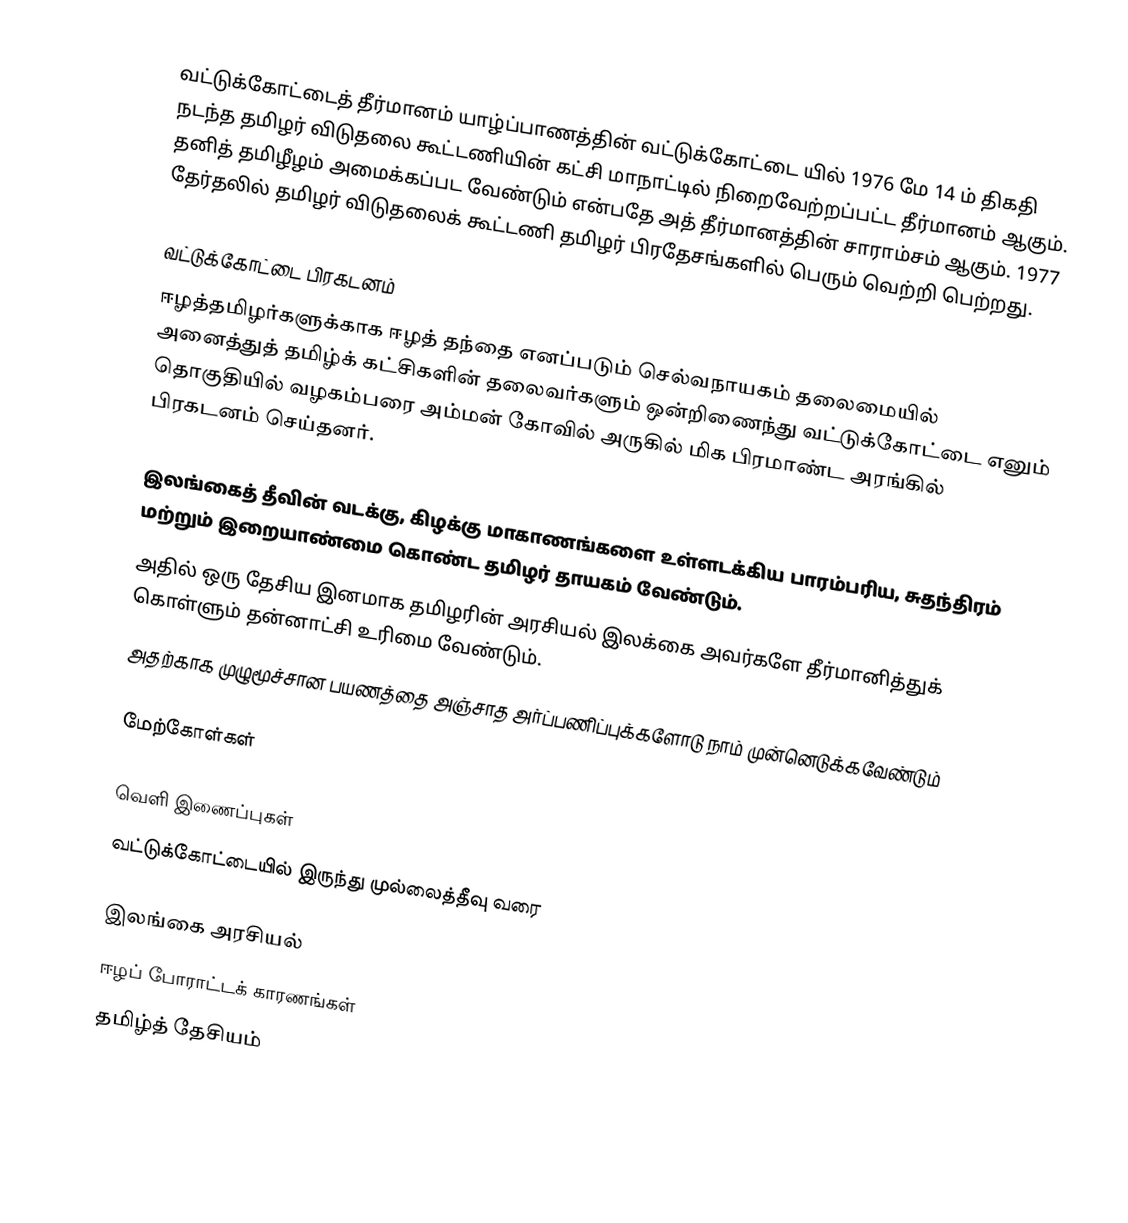
வட்டுக்கோட்டைத் தீர்மானம் யாழ்ப்பாணத்தின் வட்டுக்கோட்டை யில் 1976 மே 14 ம் திகதி நடந்த தமிழர் விடுதலை கூட்டணியின் கட்சி மாநாட்டில் நிறைவேற்றப்பட்ட தீர்மானம் ஆகும். தனித் தமிழீழம் அமைக்கப்பட வேண்டும் என்பதே அத் தீர்மானத்தின் சாராம்சம் ஆகும். 1977 தேர்தலில் தமிழர் விடுதலைக் கூட்டணி தமிழர் பிரதேசங்களில் பெரும் வெற்றி பெற்றது.

வட்டுக்கோட்டை பிரகடனம்
ஈழத்தமிழர்களுக்காக ஈழத் தந்தை எனப்படும் செல்வநாயகம் தலைமையில் அனைத்துத் தமிழ்க் கட்சிகளின் தலைவர்களும் ஒன்றிணைந்து வட்டுக்கோட்டை எனும் தொகுதியில் வழகம்பரை அம்மன் கோவில் அருகில் மிக பிரமாண்ட அரங்கில் பிரகடனம் செய்தனர்.

 இலங்கைத் தீவின் வடக்கு, கிழக்கு மாகாணங்களை உள்ளடக்கிய பாரம்பரிய, சுதந்திரம் மற்றும் இறையாண்மை கொண்ட தமிழர் தாயகம் வேண்டும்.
 அதில் ஒரு தேசிய இனமாக தமிழரின் அரசியல் இலக்கை அவர்களே தீர்மானித்துக் கொள்ளும் தன்னாட்சி உரிமை வேண்டும்.
 அதற்காக முழுமூச்சான பயணத்தை அஞ்சாத அர்ப்பணிப்புக்களோடு நாம் முன்னெடுக்கவேண்டும்

மேற்கோள்கள்

வெளி இணைப்புகள்
 வட்டுக்கோட்டையில் இருந்து முல்லைத்தீவு வரை

இலங்கை அரசியல்
ஈழப் போராட்டக் காரணங்கள்
தமிழ்த் தேசியம்